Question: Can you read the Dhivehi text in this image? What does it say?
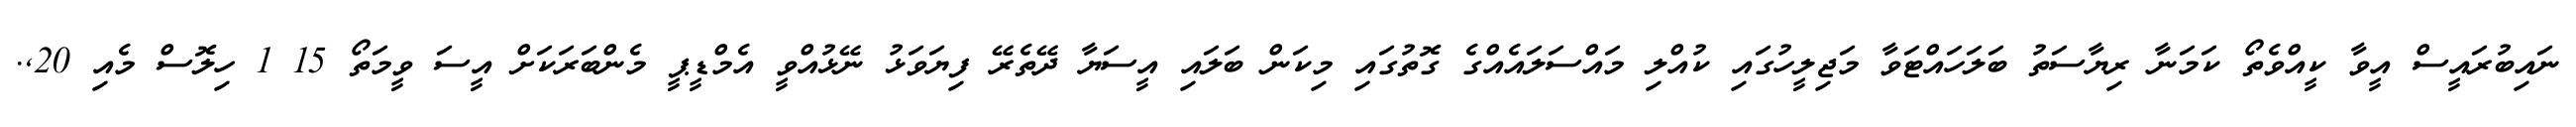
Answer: ނައިބުރައީސް އީވާ ކީއްވެތޯ ކަމަނާ ރިޔާސަތު ބަލަހައްޓަވާ މަޖިލީހުގައި ކުއްލި މައްސަލައެއްގެ ގޮތުގައި މިކަން ބަލައި އީސަޔާ ދޭތެރޭ ފިޔަވަޅު ނޭޅުއްވީ އެމްޑީޕީ މެންބަރަކަށް އީސަ ވީމަތޯ 15 1 ހިލޮސް މެއި 20,.